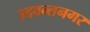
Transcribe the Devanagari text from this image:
उदवन्तनगर